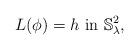
LaTeX: \begin{align*}L(\phi)=h \textrm{ in }\mathbb{S}^2_{\lambda},\end{align*}